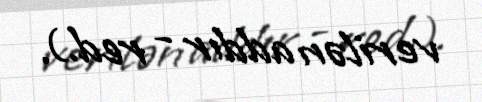
verilən addır - red.).